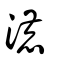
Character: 漉